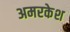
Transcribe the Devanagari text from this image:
अमरकेश